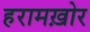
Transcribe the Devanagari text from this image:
हरामख़ोर